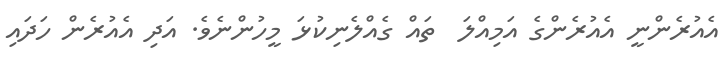
އެއުރެންނީ އެއުރެންގެ އަމިއްލަ  ތައް ގެއްލެނިކުޅަ މީހުންނެވެ. އަދި އެއުރެން ހަދައި